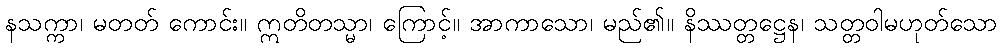
နသက္ကာ၊ မတတ် ကောင်း။ ဣတိတသ္မာ၊ ကြောင့်။ အာကာသော၊ မည်၏။ နိဿတ္တဋ္ဌေန၊ သတ္တဝါမဟုတ်သော